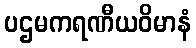
ပဌမကရဏီယဝိမာနံ